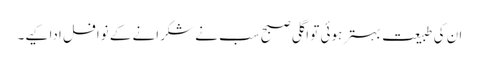
ان کی طبیعت بہتر ہوئی تو اگلی صبح سب نے شکرانے کے نوافل ادا کیے۔